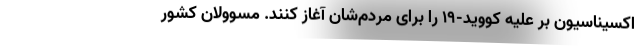
اکسیناسیون بر علیه کووید-۱۹ را برای مردم‌شان آغاز کنند. مسوولان کشور